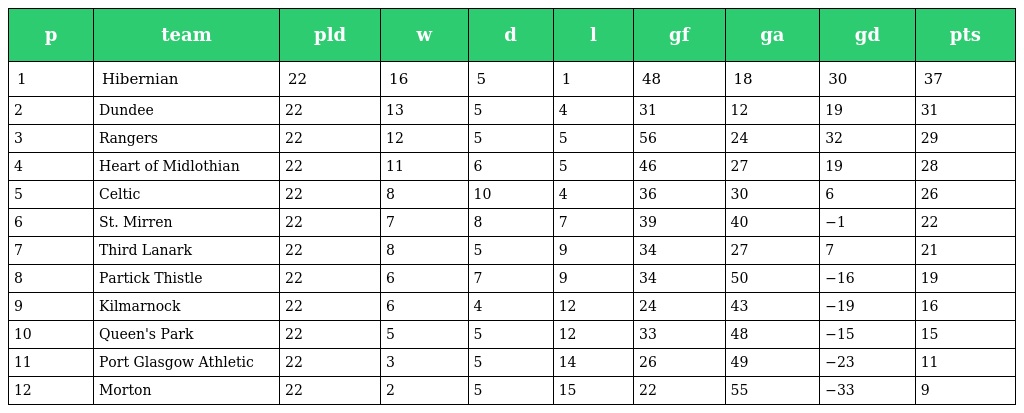
| p | team | pld | w | d | l | gf | ga | gd | pts |
 | --- | --- | --- | --- | --- | --- | --- | --- | --- | --- |
 | 1 | Hibernian | 22 | 16 | 5 | 1 | 48 | 18 | 30 | 37 |
 | 2 | Dundee | 22 | 13 | 5 | 4 | 31 | 12 | 19 | 31 |
 | 3 | Rangers | 22 | 12 | 5 | 5 | 56 | 24 | 32 | 29 |
 | 4 | Heart of Midlothian | 22 | 11 | 6 | 5 | 46 | 27 | 19 | 28 |
 | 5 | Celtic | 22 | 8 | 10 | 4 | 36 | 30 | 6 | 26 |
 | 6 | St. Mirren | 22 | 7 | 8 | 7 | 39 | 40 | −1 | 22 |
 | 7 | Third Lanark | 22 | 8 | 5 | 9 | 34 | 27 | 7 | 21 |
 | 8 | Partick Thistle | 22 | 6 | 7 | 9 | 34 | 50 | −16 | 19 |
 | 9 | Kilmarnock | 22 | 6 | 4 | 12 | 24 | 43 | −19 | 16 |
 | 10 | Queen's Park | 22 | 5 | 5 | 12 | 33 | 48 | −15 | 15 |
 | 11 | Port Glasgow Athletic | 22 | 3 | 5 | 14 | 26 | 49 | −23 | 11 |
 | 12 | Morton | 22 | 2 | 5 | 15 | 22 | 55 | −33 | 9 |